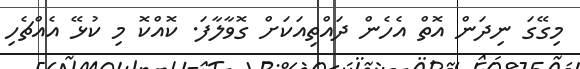
މިގޭގަ ނިދަން އޮތް އެހެން ދައްތިއަކަށް ގޮވާލާފަ. ކޮއްކޮ މި ކުޅޭ އެއްޗެހި